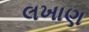
લખાણ